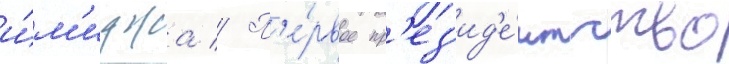
и́м'иджа // П'е́рвое пр'ез'ид'е́нтство